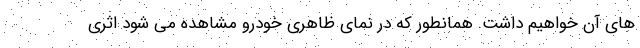
های آن خواهیم داشت. همانطور که در نمای ظاهری خودرو مشاهده می شود اثری